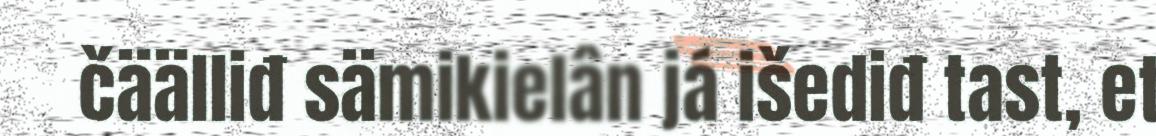
čäälliđ sämikielân já išediđ tast, et